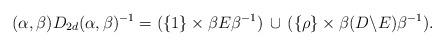
LaTeX: \begin{align*}(\alpha,\beta)D_{2d}(\alpha,\beta)^{-1}= (\{1\}\times \beta E \beta^{-1})\, \cup\, (\{\rho\}\times \beta (D\backslash E)\beta^{-1}).\end{align*}